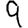
Digit: 9